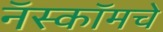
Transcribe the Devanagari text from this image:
नॅस्कॉमचे